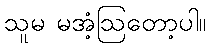
သူမ မအံ့ဩတော့ပါ။